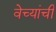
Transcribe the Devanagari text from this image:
वेच्यांची